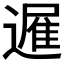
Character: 𮟈